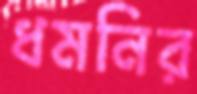
ধমনির